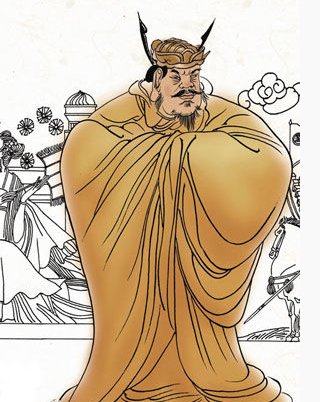
十四万人齐解甲，更无一个是男儿！